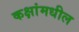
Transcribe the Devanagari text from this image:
कक्षांमधील